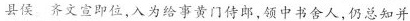
县侯。齐文宣即位，入为给事黄门侍郎，领中书舍人，仍总知并